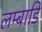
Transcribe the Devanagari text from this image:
लम्बाडि